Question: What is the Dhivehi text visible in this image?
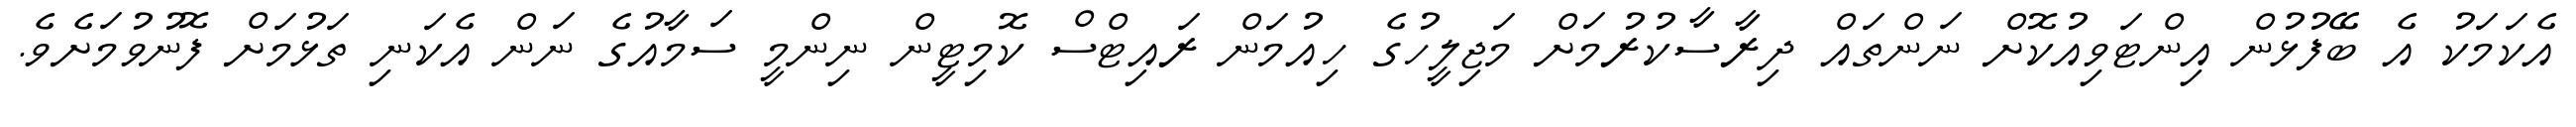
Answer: އެކަމަކު އެ ބޭފުޅުން އިންޓަވިއުކޮށް ނަންތައް ދިރާސާކުރުމަށް މަޖިލީހުގެ ހިއުމަން ރައިޓްސް ކޮމިޓީން ނިންމީ ސަމާއުގެ ނަން އެކަނި ތަޅުމަށް ފޮނުވުމަށެވެ.